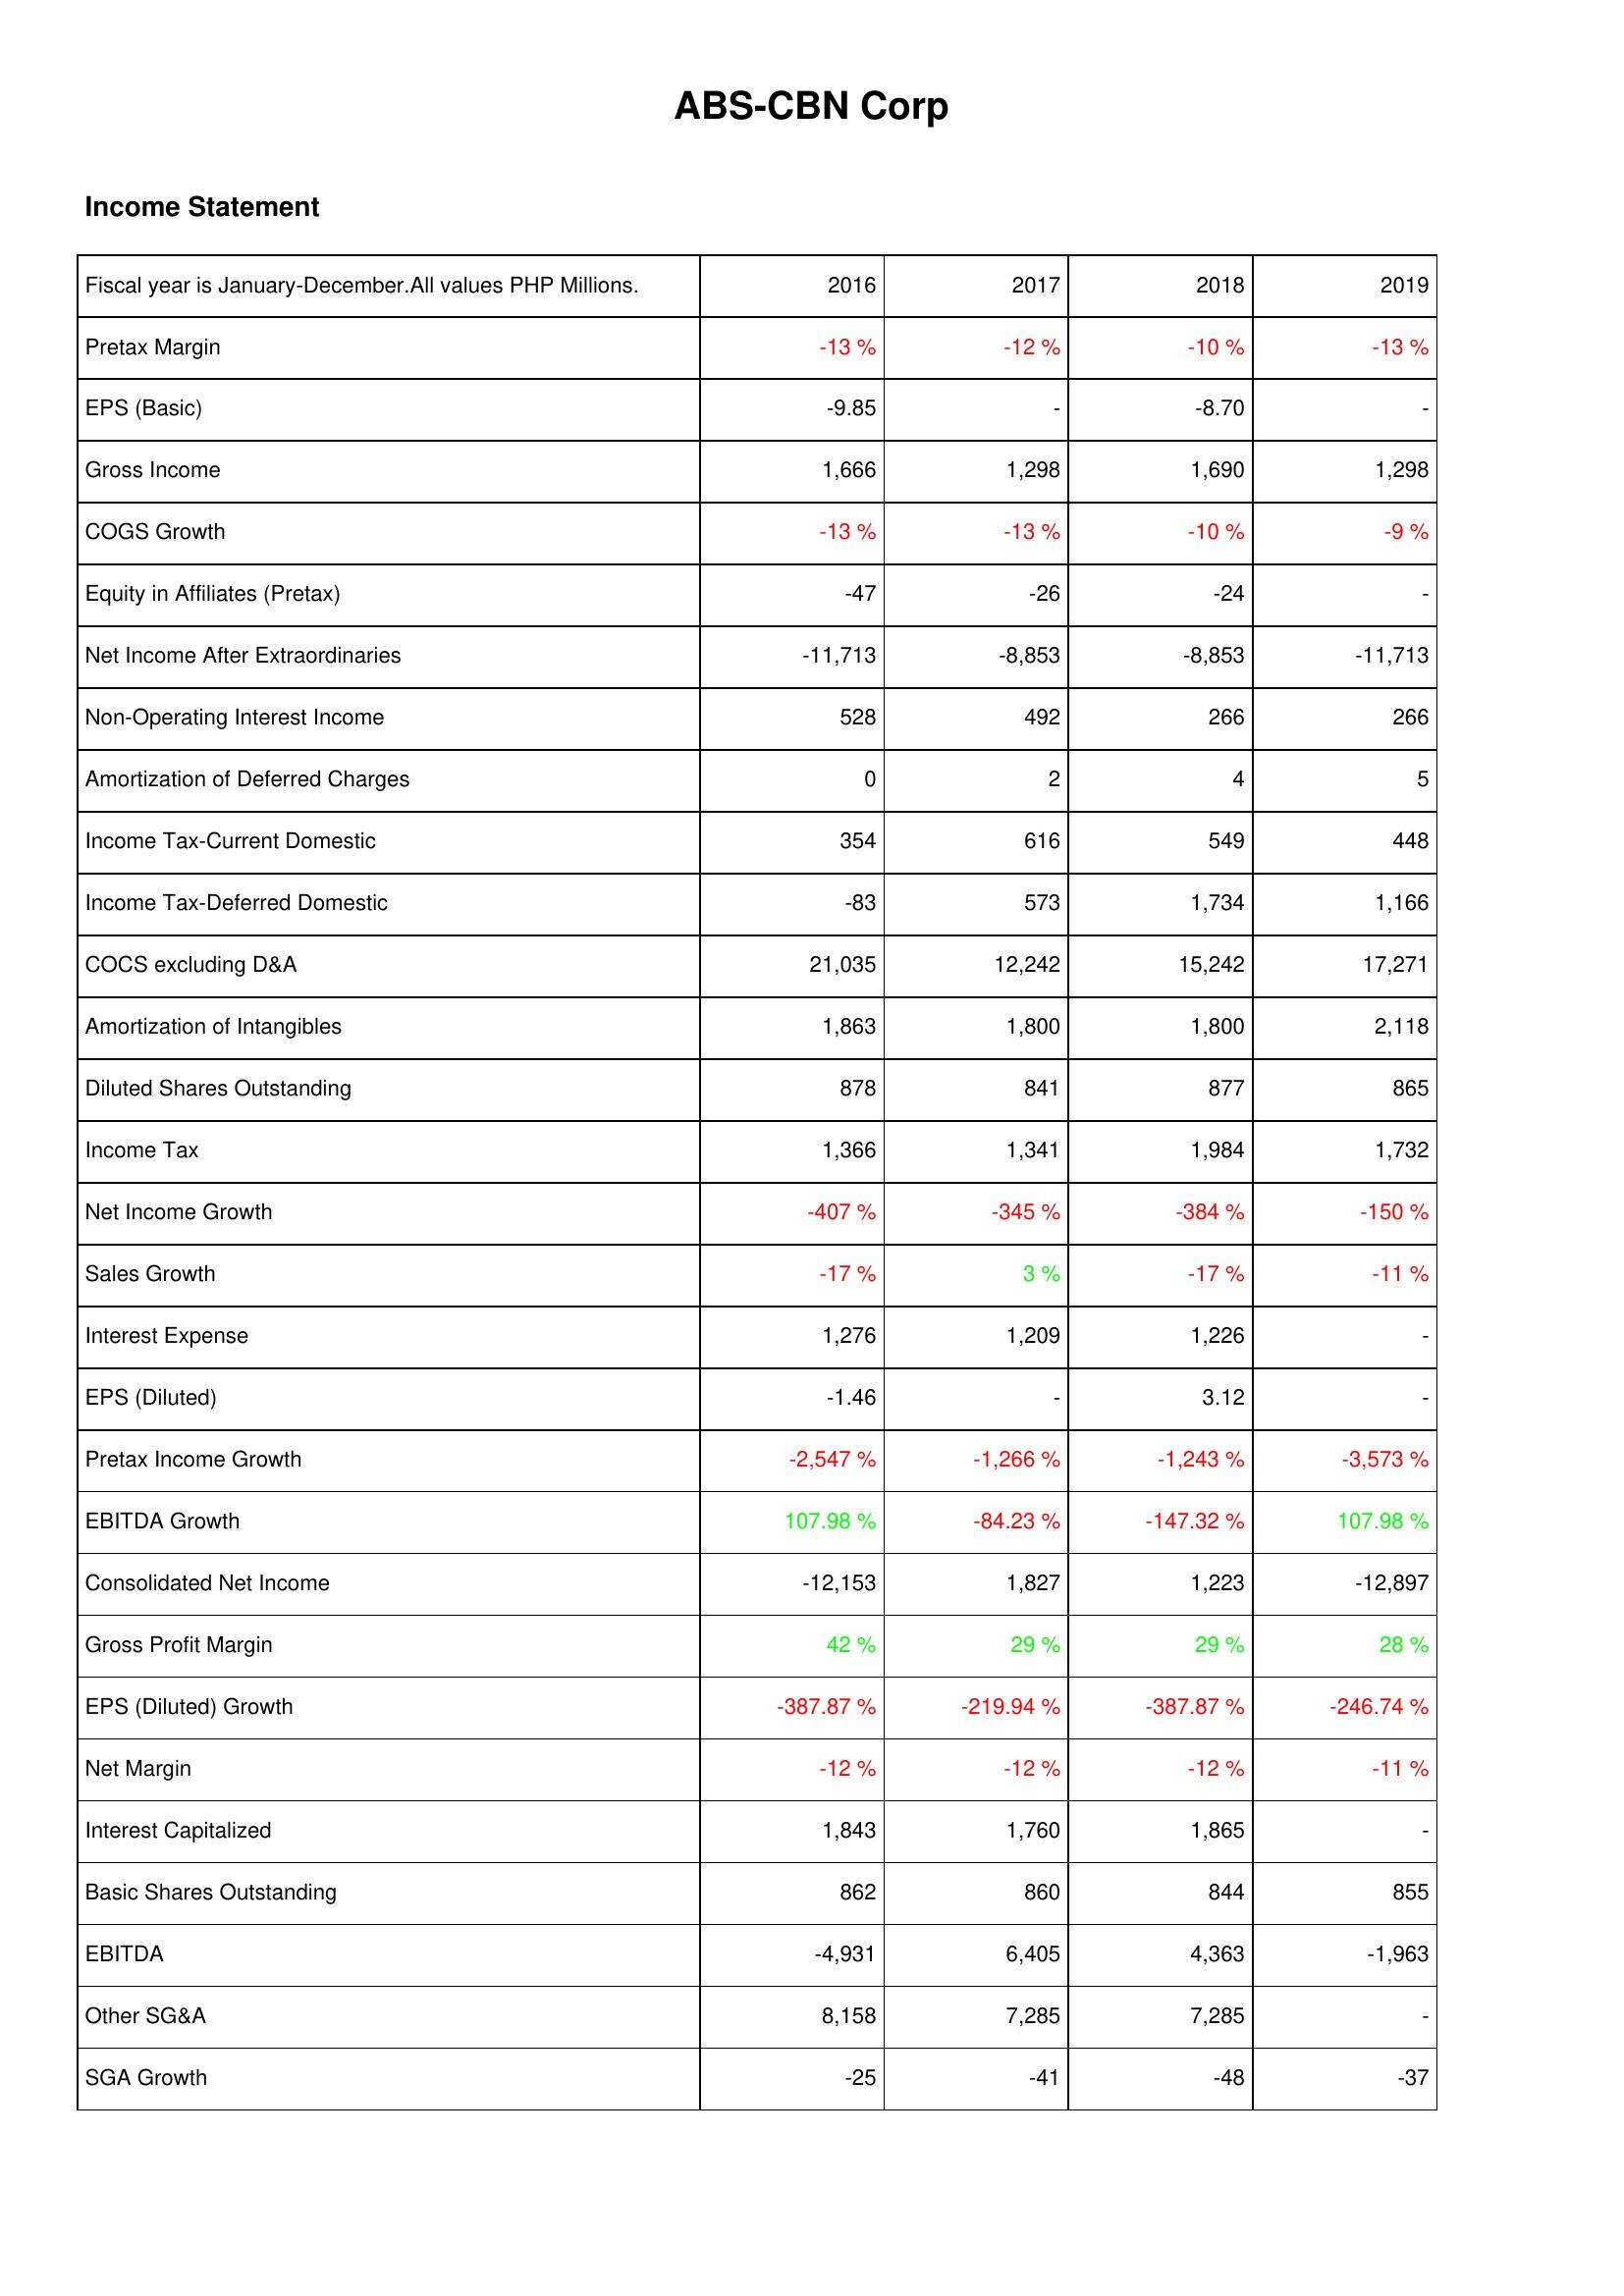
2016: Income Statement: Pretax Margin: -13 %
EPS (Basic): -9.85
Gross Income: 1,666
COGS Growth: -13 %
Equity in Affiliates (Pretax): -47
Net Income After Extraordinaries: -11,713
Non-Operating Interest Income: 528
Amortization of Deferred Charges: 0
Income Tax-Current Domestic: 354
Income Tax-Deferred Domestic: -83
COCS excluding D&A: 21,035
Amortization of Intangibles: 1,863
Diluted Shares Outstanding: 878
Income Tax: 1,366
Net Income Growth: -407 %
Sales Growth: -17 %
Interest Expense: 1,276
EPS (Diluted): -1.46
Pretax Income Growth: -2,547 %
EBITDA Growth: 107.98 %
Consolidated Net Income: -12,153
Gross Profit Margin: 42 %
EPS (Diluted) Growth: -387.87 %
Net Margin: -12 %
Interest Capitalized: 1,843
Basic Shares Outstanding: 862
EBITDA: -4,931
Other SG&A: 8,158
SGA Growth: -25
2017: Income Statement: Pretax Margin: -12 %
EPS (Basic): -
Gross Income: 1,298
COGS Growth: -13 %
Equity in Affiliates (Pretax): -26
Net Income After Extraordinaries: -8,853
Non-Operating Interest Income: 492
Amortization of Deferred Charges: 2
Income Tax-Current Domestic: 616
Income Tax-Deferred Domestic: 573
COCS excluding D&A: 12,242
Amortization of Intangibles: 1,800
Diluted Shares Outstanding: 841
Income Tax: 1,341
Net Income Growth: -345 %
Sales Growth: 3 %
Interest Expense: 1,209
EPS (Diluted): -
Pretax Income Growth: -1,266 %
EBITDA Growth: -84.23 %
Consolidated Net Income: 1,827
Gross Profit Margin: 29 %
EPS (Diluted) Growth: -219.94 %
Net Margin: -12 %
Interest Capitalized: 1,760
Basic Shares Outstanding: 860
EBITDA: 6,405
Other SG&A: 7,285
SGA Growth: -41
2018: Income Statement: Pretax Margin: -10 %
EPS (Basic): -8.70
Gross Income: 1,690
COGS Growth: -10 %
Equity in Affiliates (Pretax): -24
Net Income After Extraordinaries: -8,853
Non-Operating Interest Income: 266
Amortization of Deferred Charges: 4
Income Tax-Current Domestic: 549
Income Tax-Deferred Domestic: 1,734
COCS excluding D&A: 15,242
Amortization of Intangibles: 1,800
Diluted Shares Outstanding: 877
Income Tax: 1,984
Net Income Growth: -384 %
Sales Growth: -17 %
Interest Expense: 1,226
EPS (Diluted): 3.12
Pretax Income Growth: -1,243 %
EBITDA Growth: -147.32 %
Consolidated Net Income: 1,223
Gross Profit Margin: 29 %
EPS (Diluted) Growth: -387.87 %
Net Margin: -12 %
Interest Capitalized: 1,865
Basic Shares Outstanding: 844
EBITDA: 4,363
Other SG&A: 7,285
SGA Growth: -48
2019: Income Statement: Pretax Margin: -13 %
EPS (Basic): -
Gross Income: 1,298
COGS Growth: -9 %
Equity in Affiliates (Pretax): -
Net Income After Extraordinaries: -11,713
Non-Operating Interest Income: 266
Amortization of Deferred Charges: 5
Income Tax-Current Domestic: 448
Income Tax-Deferred Domestic: 1,166
COCS excluding D&A: 17,271
Amortization of Intangibles: 2,118
Diluted Shares Outstanding: 865
Income Tax: 1,732
Net Income Growth: -150 %
Sales Growth: -11 %
Interest Expense: -
EPS (Diluted): -
Pretax Income Growth: -3,573 %
EBITDA Growth: 107.98 %
Consolidated Net Income: -12,897
Gross Profit Margin: 28 %
EPS (Diluted) Growth: -246.74 %
Net Margin: -11 %
Interest Capitalized: -
Basic Shares Outstanding: 855
EBITDA: -1,963
Other SG&A: -
SGA Growth: -37